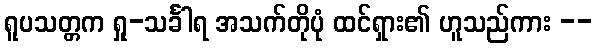
ရူပသတ္တက ရှု-သင်္ခါရ အသက်တိုပုံ ထင်ရှား၏ ဟူသည်ကား --